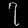
Digit: ၇